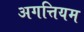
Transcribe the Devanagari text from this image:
अगत्तियम